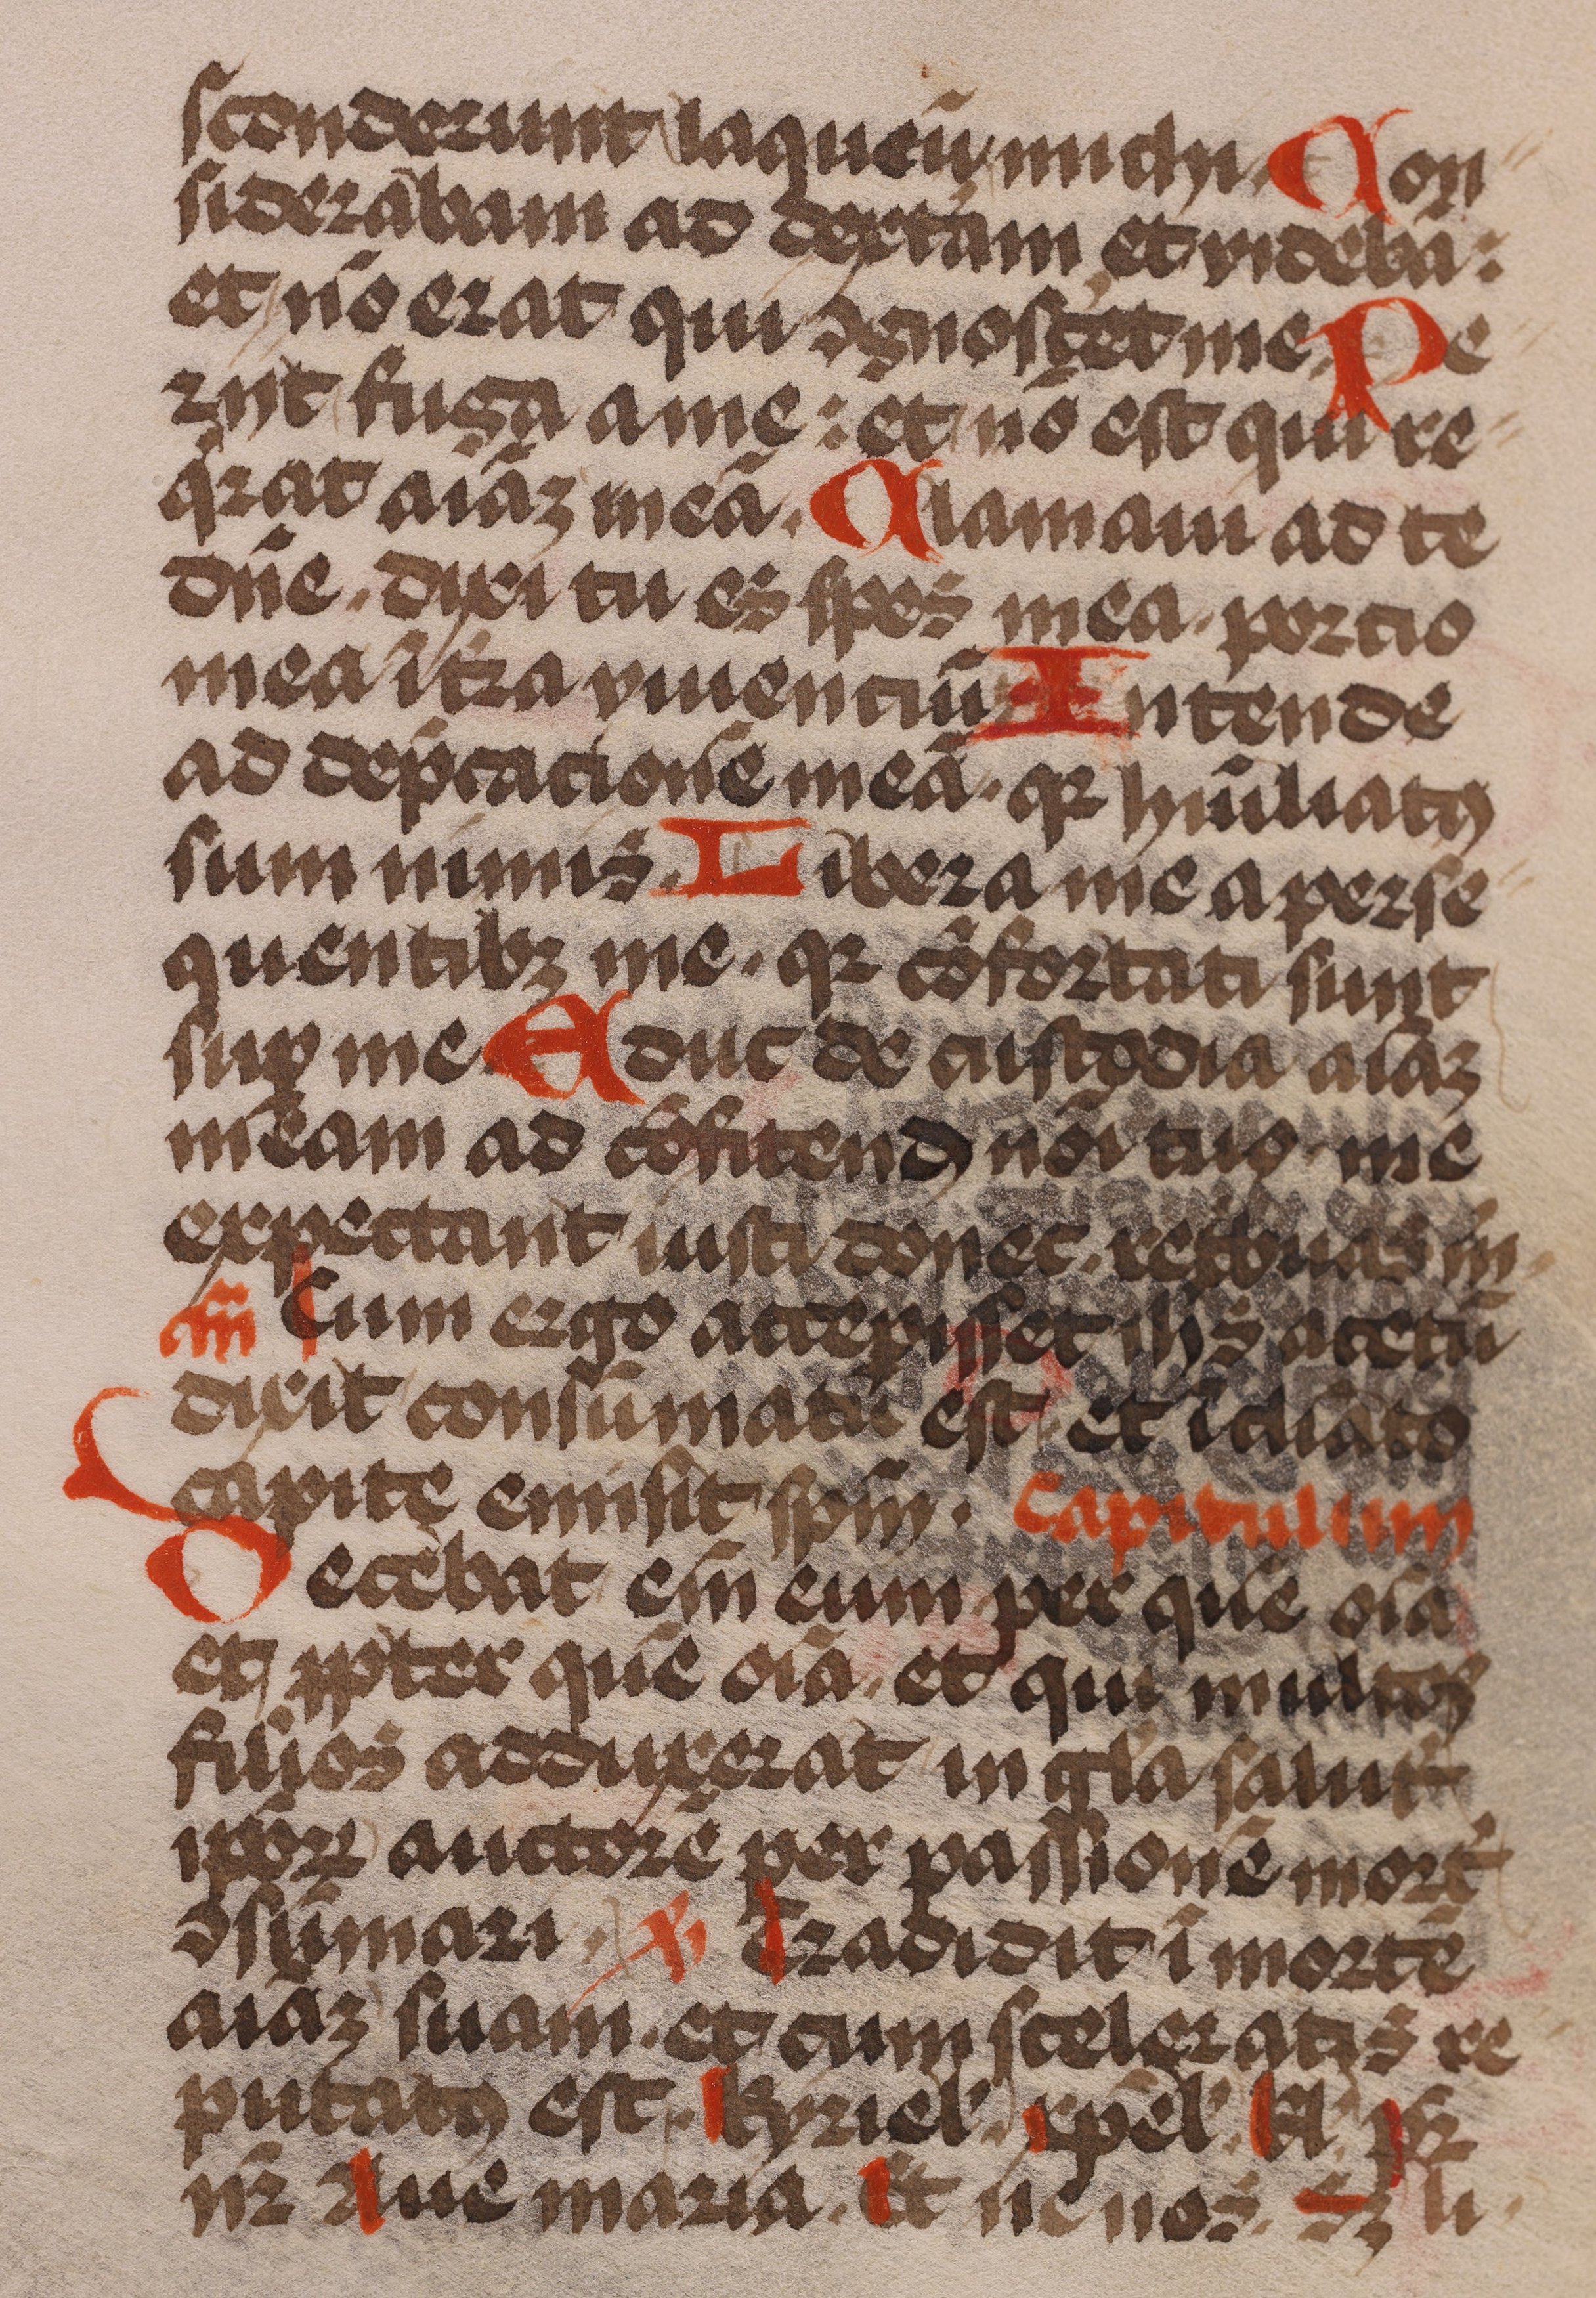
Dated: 1485–1515